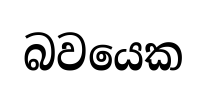
බවයෙක